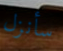
سأنزل